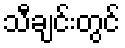
သီချင်းတွင်